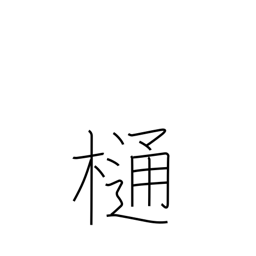
Meaning: downspout